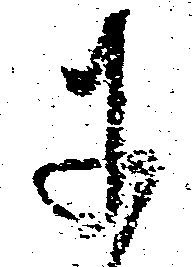
に